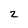
Character: 2